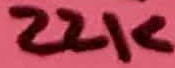
Text: 22K